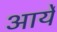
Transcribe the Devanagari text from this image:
आर्ये